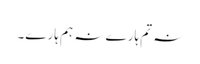
نہ تم ہارے نہ ہم ہارے۔